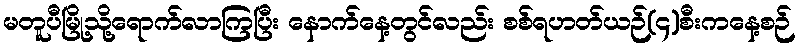
မတူပီမြို့သို့ရောက်လာကြပြီး နောက်နေ့တွင်လည်း စစ်ရဟတ်ယဉ်(၄)စီးကနေ့စဉ်